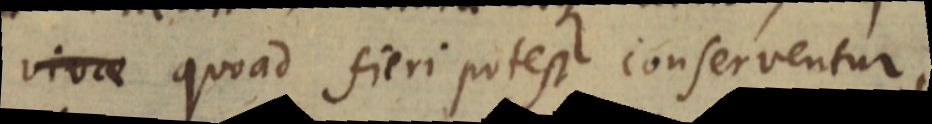
vivae quoad fieri potest conserventur,